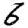
Digit: 6